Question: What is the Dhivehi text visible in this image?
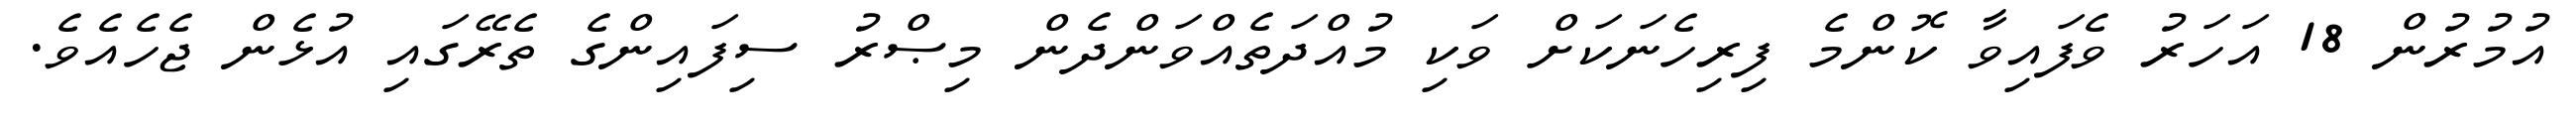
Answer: އުމުރުން 18 އަހަރު ވެފައިވާ ކޮންމެ ފިރިހެނަކަށް ވަކި މުއްދަތެއްވަންދެން މިޞްރު ސިފައިންގެ ތެރޭގައި އުޅެން ޖެހެއެވެ.